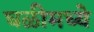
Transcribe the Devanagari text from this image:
घळीमध्ये